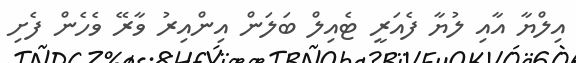
އިލްޔާ އާއި ލުޔާ ފެއަރީ ޓެއިލް ބަލަން އިންއިރު ވާރޭ ވެހެން ފެށި